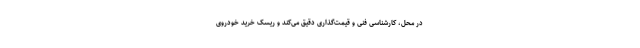
در محل، کارشناسی فنی و قیمت‌گذاری دقیق می‌کند و ریسک خرید خودروی